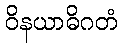
ဝိနယာဓိဂတံ